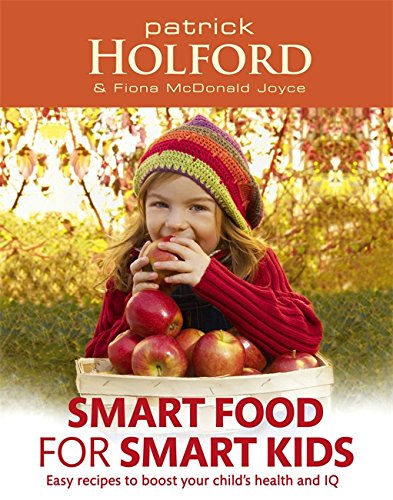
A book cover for Smart Food for Smart Kids: Easy Recipes to Boost Your Child's Health and IQ; Patrick Holford; Cookbooks, Food & Wine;